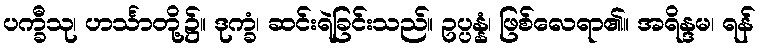
ပက္ခီသု၊ ဟင်္သာတို့၌။ ဒုက္ခံ၊ ဆင်းရဲခြင်းသည်။ ဥပ္ပန္နံ၊ ဖြစ်လေရာ၏။ အရိန္ဒမ၊ ရန်